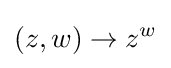
(z,w)\to z^{w}